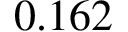
0 . 1 6 2